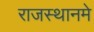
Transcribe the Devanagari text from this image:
राजस्थानमे